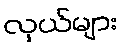
လှယ်များ